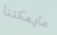
مايمكننا